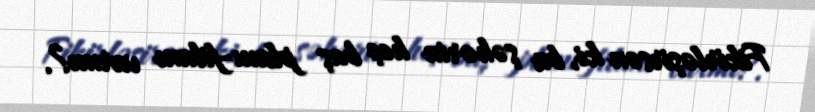
Fikirləşirsən ki, bu şəhərin heç baş planı-filanı varmı?.